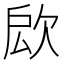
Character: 𣢵